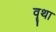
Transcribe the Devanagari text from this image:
वॄथा